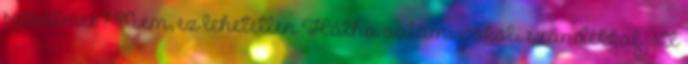
szerelmes? Nem, ez lehetetlen Hátha valami pokoli szándékkal jött